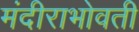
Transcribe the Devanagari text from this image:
मंदीराभोवती